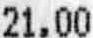
21.00